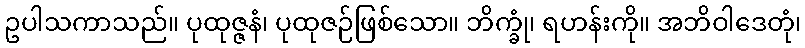
ဥပါသကာသည်။ ပုထုဇ္ဇနံ၊ ပုထုဇဉ်ဖြစ်သော။ ဘိက္ခုံ၊ ရဟန်းကို။ အဘိဝါဒေတုံ၊